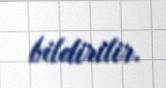
bildirilir.